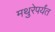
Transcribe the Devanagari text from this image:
मथुरेपर्यंत